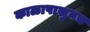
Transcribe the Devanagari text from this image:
काळापासुनच